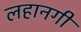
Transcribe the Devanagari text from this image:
लहानगी